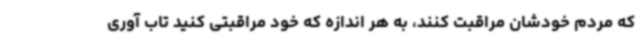
که مردم خودشان مراقبت کنند، به هر اندازه که خود مراقبتی کنید تاب آوری